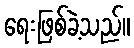
ရေးဖြစ်ခဲ့သည်။